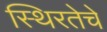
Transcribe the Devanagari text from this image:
स्थिरतेचे